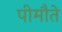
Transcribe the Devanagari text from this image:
पीमौते